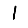
Digit: 1